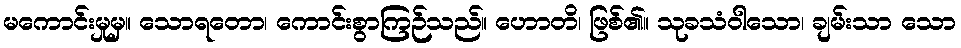
မကောင်းမှုမှ။ သောရတော၊ ကောင်းစွာကြဉ်သည်။ ဟောတိ၊ ဖြစ်၏။ သုခသံဝါသော၊ ချမ်းသာ သော